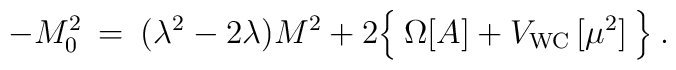
- M_0^2 \> = \>   (\lambda^2 - 2 \lambda) M^2 + 2 \Bigl \{ \> \Omega[A] + V_{\rm WC} \, [\mu^2] \> \Bigr \} \> .